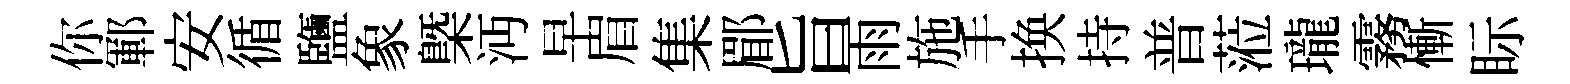
你鄆安循鹽象槩沔早眉集郿旨雨施手换持普蒞瓏霧慚眎